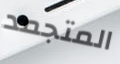
المتجمد